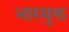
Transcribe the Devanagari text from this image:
भारमुक्त